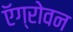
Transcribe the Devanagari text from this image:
ऍग्रोवन